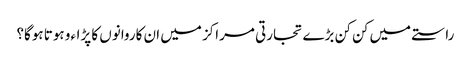
راستے میں کن کن بڑے تجارتی مراکز میں ان کاروانوں کا پڑاءو ہوتا ہوگا؟